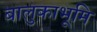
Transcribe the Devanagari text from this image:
बालुकाभूमि